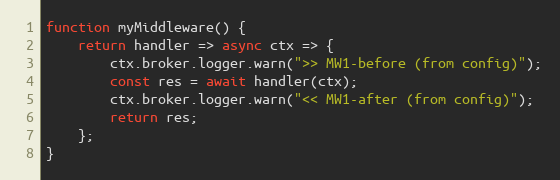
Language: JavaScript
function myMiddleware() {
	return handler => async ctx => {
		ctx.broker.logger.warn(">> MW1-before (from config)");
		const res = await handler(ctx);
		ctx.broker.logger.warn("<< MW1-after (from config)");
		return res;
	};
}